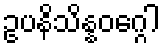
ဥပနိသိန္နဝဂ္ဂေါ